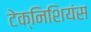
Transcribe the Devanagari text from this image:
टेक्निशियंस